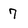
Character: 7